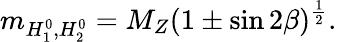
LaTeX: m_{H_{1}^{0},H_{2}^{0}}=M_{Z}(1\pm\sin 2\beta)^{\frac{1}{2}}.